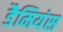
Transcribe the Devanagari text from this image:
डैमियंस